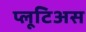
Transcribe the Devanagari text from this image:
प्लूटिअस